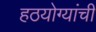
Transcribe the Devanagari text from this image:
हठयोग्यांची